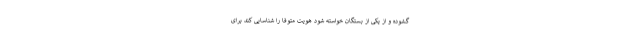
گشوده و از یکی از بستگان خواسته شود هویت متوفا را شناسایی کند برای